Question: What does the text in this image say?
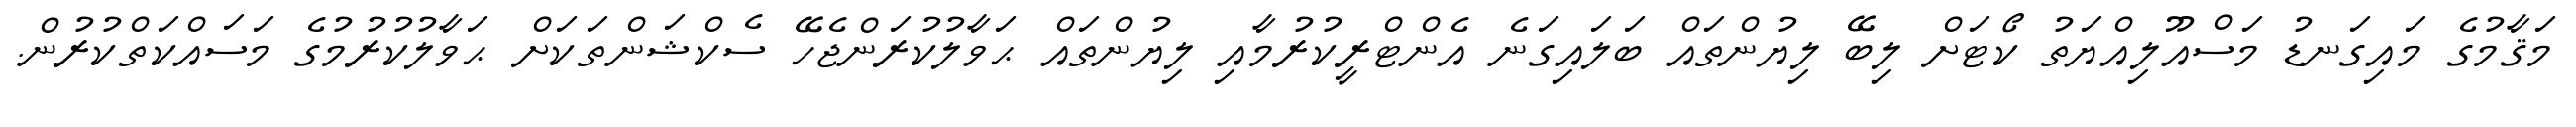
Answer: މަޤާމުގެ މައިގަނޑު މަސްއޫލިއްޔަތު ކޯޓަށް ލިބޭ ލިޔުންތައް ބަލައިގަނެ އެންޓްރީކުރުމާއި ލިޔުންތައް ޙަވާލުކުރަންޖެހޭ ސެކްޝަންތަކަށް ޙަވާލުކުރުމުގެ މަސައްކަތްކުރުން.